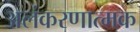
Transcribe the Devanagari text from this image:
अलंकरणात्मक